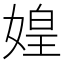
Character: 媓